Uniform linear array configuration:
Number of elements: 48
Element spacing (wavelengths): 1
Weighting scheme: blackman
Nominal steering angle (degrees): -60
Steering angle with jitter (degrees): -61.392
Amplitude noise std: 0.05
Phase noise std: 0.05

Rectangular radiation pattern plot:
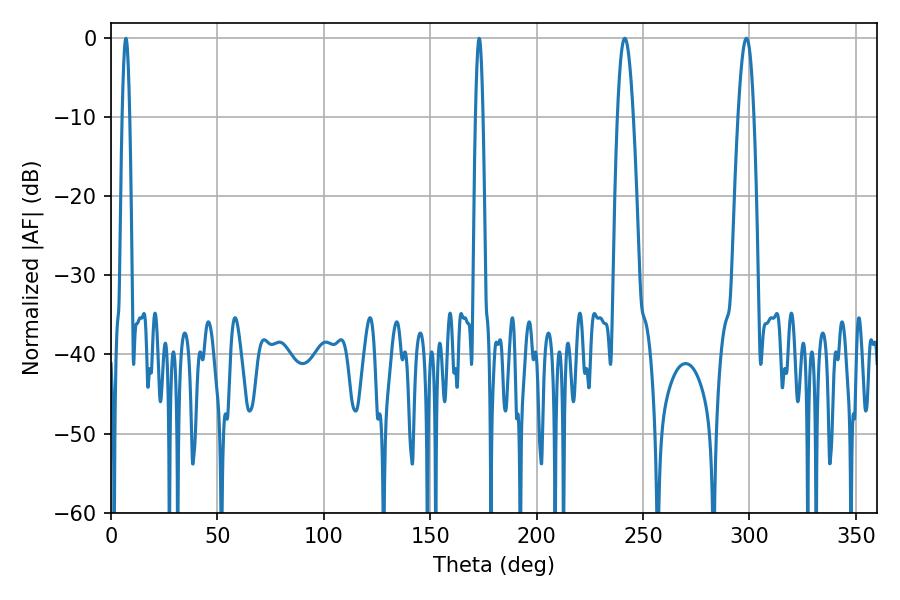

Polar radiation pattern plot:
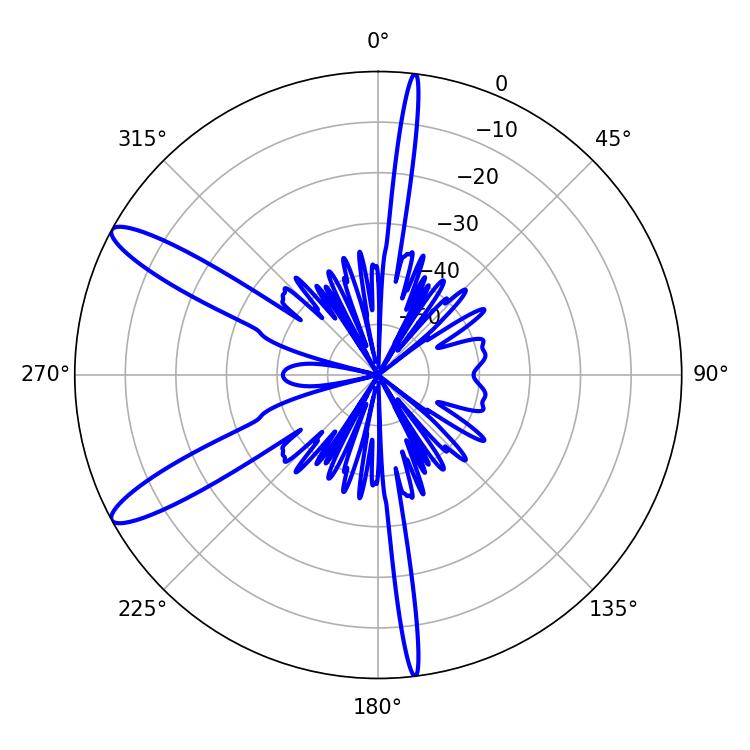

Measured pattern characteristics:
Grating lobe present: TRUE
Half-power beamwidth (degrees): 4.14
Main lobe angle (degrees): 241.38